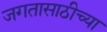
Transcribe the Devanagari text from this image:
जगतासाठीच्या